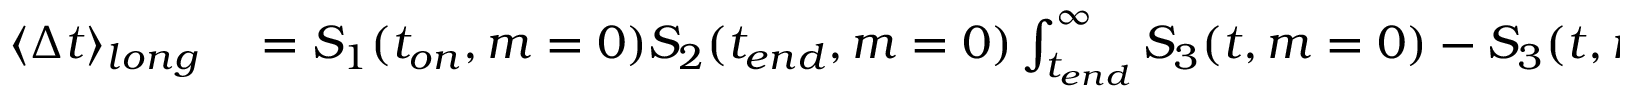
\begin{array} { r l } { \langle \Delta t \rangle _ { l o n g } } & { { } = S _ { 1 } ( t _ { o n } , m = 0 ) S _ { 2 } ( t _ { e n d } , m = 0 ) \int _ { t _ { e n d } } ^ { \infty } S _ { 3 } ( t , m = 0 ) - S _ { 3 } ( t , m ) d t . } \end{array}